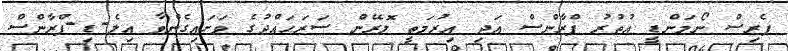
ޕެރިސް ނޯމަންޑީ އުތުރު ފްރާންސް އަދި އިރުމަތީ ލޮރޭން ސަރަހައްދުގެ ވަށައިގެންވާ އިލެ-ޑި-ފްރާންސް